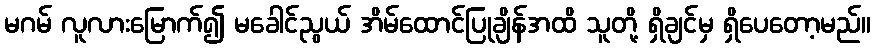
မဂမ် လူလားမြောက်၍ မခေါင်ညွယ် အိမ်ထောင်ပြုချိန်အထိ သူတို့ ရှိချင်မှ ရှိပေတော့မည်။